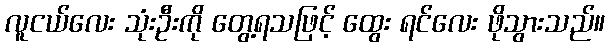
လူငယ်လေး သုံးဦးကို တွေ့ရသဖြင့် ထွေး ရင်လေး ဖိုသွားသည်။